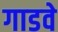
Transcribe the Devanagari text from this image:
गाडवे